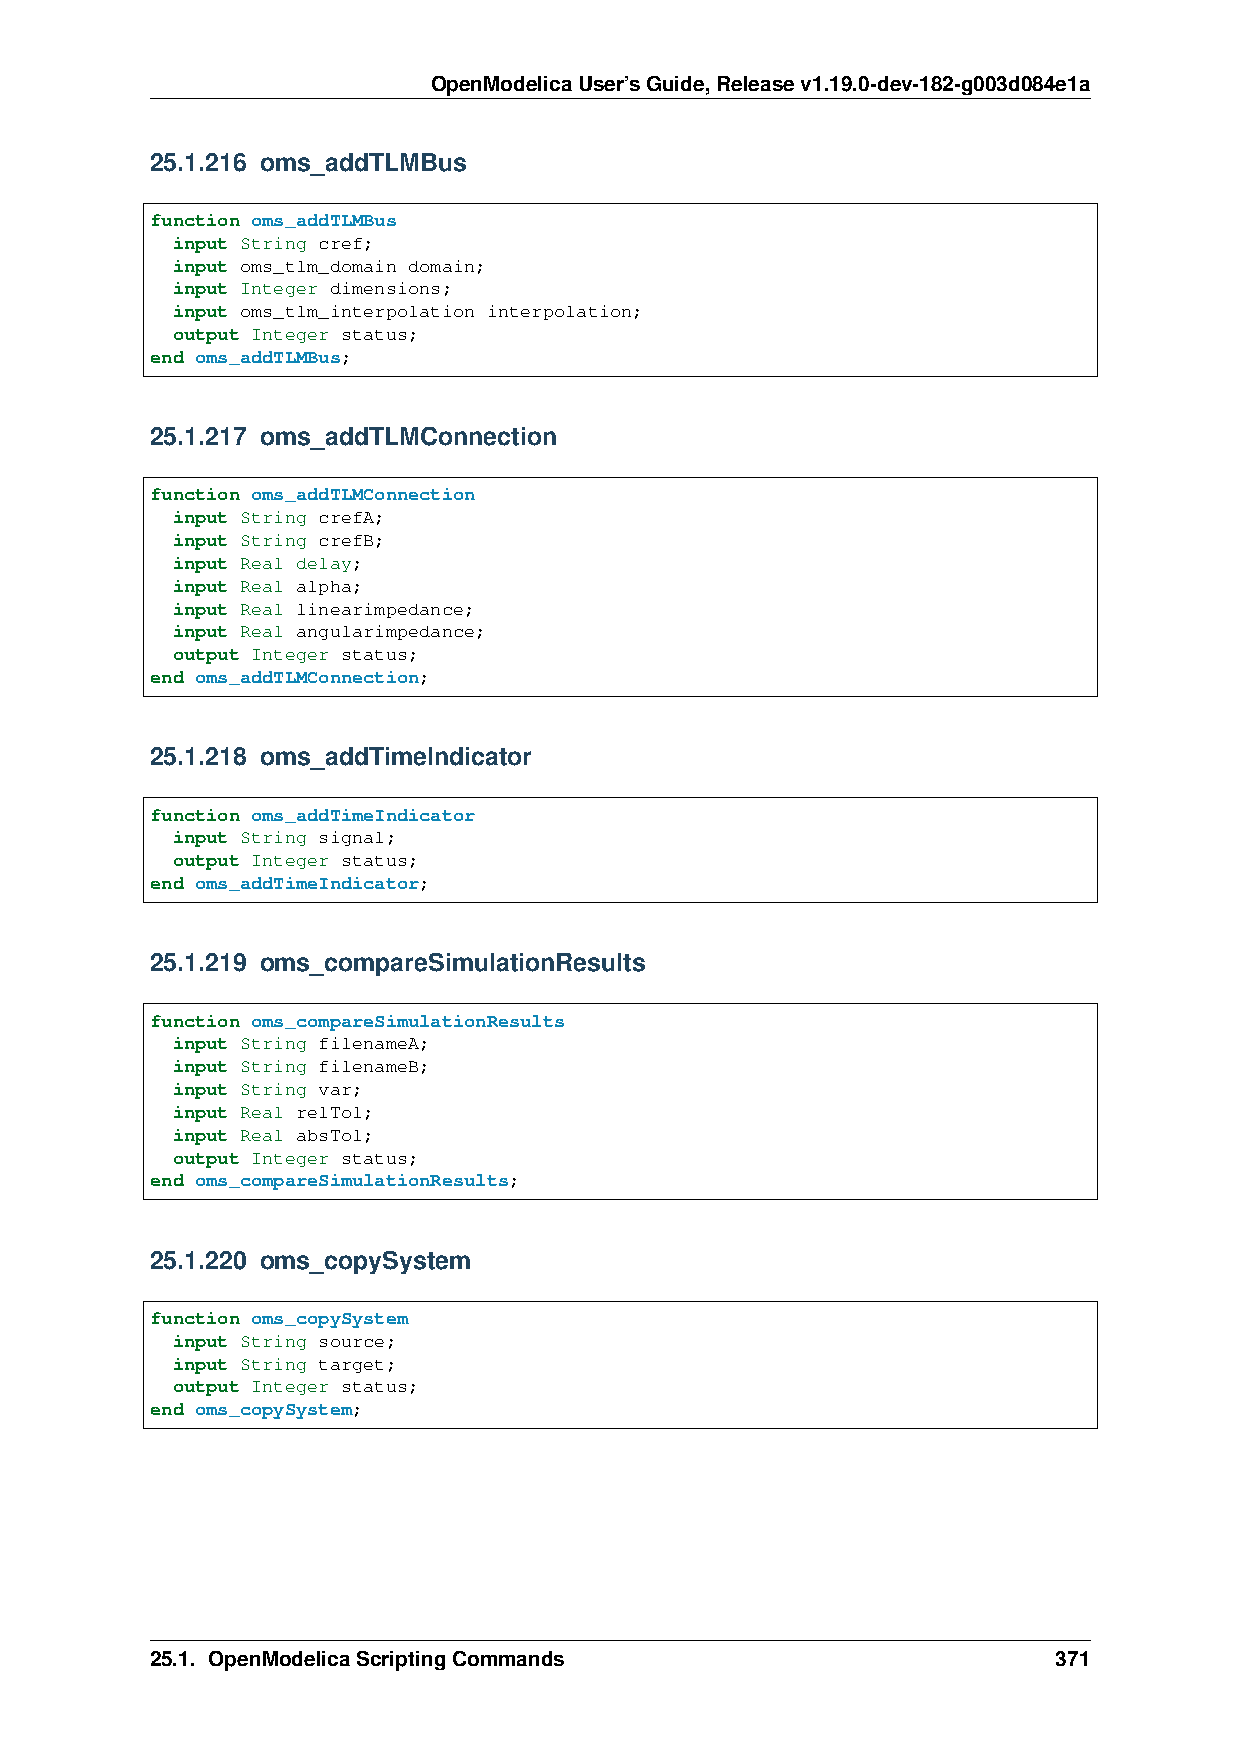
OpenModelicaUser’sGuide,Releasev1.19.0-dev-182-g003d084e1a
 25.1.216 oms_addTLMBus
 function oms_addTLMBus
 input String cref;
 input oms_tlm_domain domain;
 input Integer dimensions;
 input oms_tlm_interpolation interpolation;
 output Integer status;
 end oms_addTLMBus;
 25.1.217 oms_addTLMConnection
 function oms_addTLMConnection
 input String crefA;
 input String crefB;
 input Real delay;
 input Real alpha;
 input Real linearimpedance;
 input Real angularimpedance;
 output Integer status;
 end oms_addTLMConnection;
 25.1.218 oms_addTimeIndicator
 function oms_addTimeIndicator
 input String signal;
 output Integer status;
 end oms_addTimeIndicator;
 25.1.219 oms_compareSimulationResults
 function oms_compareSimulationResults
 input String filenameA;
 input String filenameB;
 input String var;
 input Real relTol;
 input Real absTol;
 output Integer status;
 end oms_compareSimulationResults;
 25.1.220 oms_copySystem
 function oms_copySystem
 input String source;
 input String target;
 output Integer status;
 end oms_copySystem;
 25.1. OpenModelicaScriptingCommands                         371